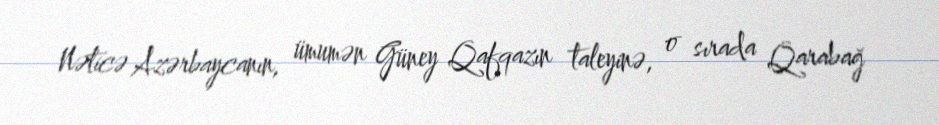
Nəticə Azərbaycanın, ümumən Güney Qafqazın taleyinə, o sırada Qarabağ